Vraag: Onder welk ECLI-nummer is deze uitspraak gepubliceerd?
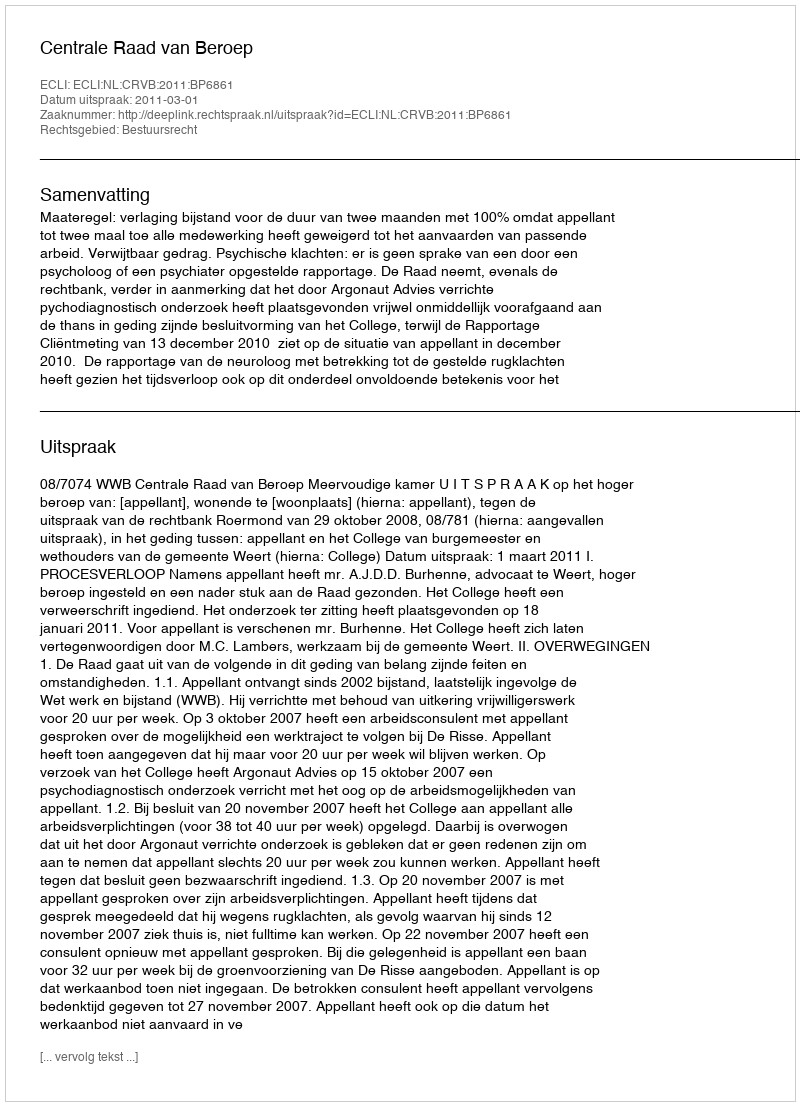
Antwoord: ECLI:NL:CRVB:2011:BP6861